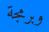
وبرمجة